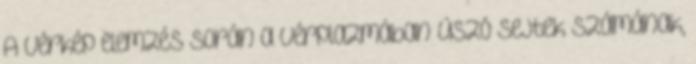
A vérkép elemzés során a vérplazmában úszó sejtek számának,